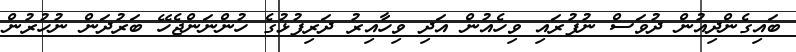
ބައިގެންދިއުން ދުވަސް ނުފުރައި ވިހެއުން އަދި ވިހާއިރު ދަރިފުޅުގެ ހުންނަންޖެހޭ ބަރުދަން ނުހުރުން